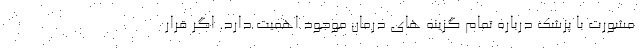
مشورت با پزشک درباره تمام گزینه های درمان موجود اهمیت دارد. اگر قرار